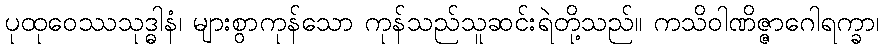
ပုထုဝေဿသုဒ္ဓါနံ၊ များစွာကုန်သော ကုန်သည်သူဆင်းရဲတို့သည်။ ကသိဝါဏိဇ္ဇာဂေါရက္ခာ၊